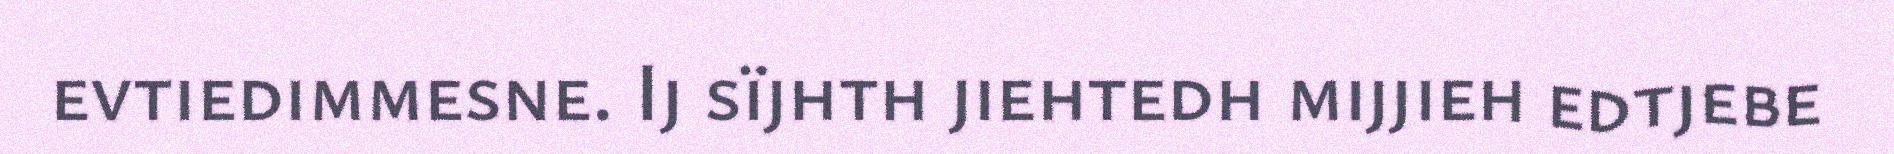
evtiedimmesne. Ij sïjhth jiehtedh mijjieh edtjebe